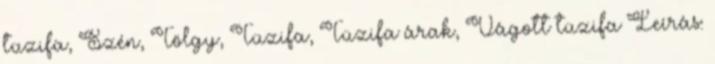
tüzifa, Szén, Tölgy, Tüzifa, Tüzifa árak, Vágott tüzifa Leírás: